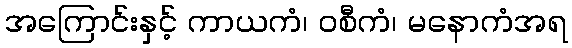
အကြောင်းနှင့် ကာယကံ၊ ဝစီကံ၊ မနောကံအရ